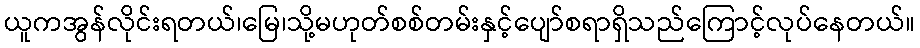
ယူကအွန်လိုင်းရတယ်၊မြေ၊သို့မဟုတ်စစ်တမ်းနှင့်ပျော်စရာရှိသည်ကြောင့်လုပ်နေတယ်။